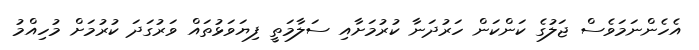
އެހެންނަމަވެސް ޖަލުގެ ކަންކަން ހަރުދަނާ ކުރުމަށާއި ސަލާމަތީ ފިޔަވަޅުތައް ވަރުގަދަ ކުރުމަށް މުހިއްމު